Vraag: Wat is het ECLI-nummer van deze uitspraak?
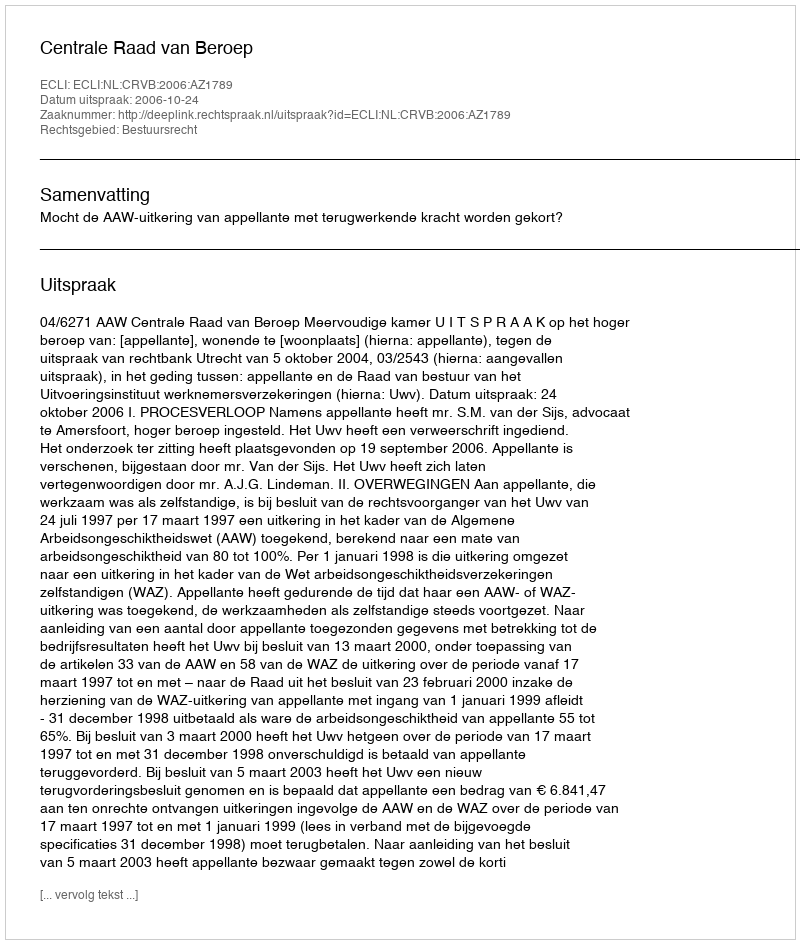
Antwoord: ECLI:NL:CRVB:2006:AZ1789